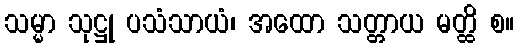
သမ္မာ သုဋ္ဌု ပသံသာယံ၊ အထော သတ္တာယ မတ္ထိ စ။